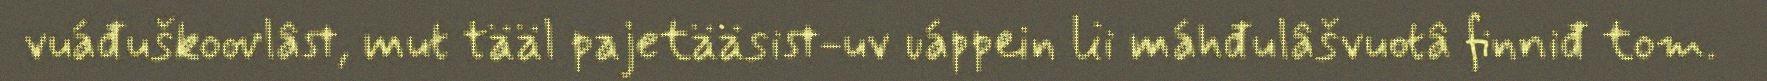
vuáđuškoovlâst, mut tääl pajetääsist-uv uáppein lii máhđulâšvuotâ finniđ tom.